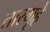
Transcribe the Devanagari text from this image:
तारगृहे